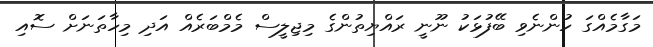
މަގާމެއްގަ ހުންނެވި ބޭފުޅަކު ނޫނީ ރައްޔިތުންގެ މިޖިލީސް މެމްބަރެއް އަދި މިހާތަނަށް ސޮއި